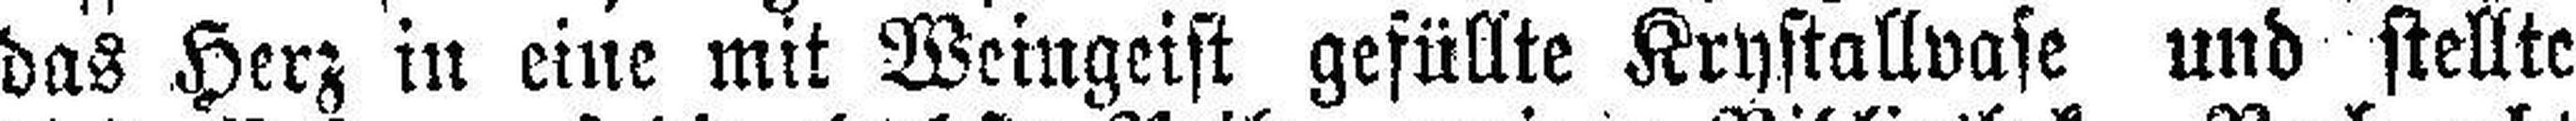
das Herz in eine mit Weingeist gefüllte Krystallvase und stellte